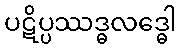
ပဋိပ္ပဿဒ္ဓလဒ္ဓေါ